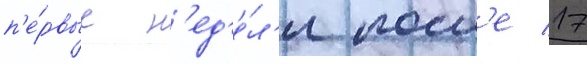
п'е́рвые н'ед'е́л'и посл'е 17